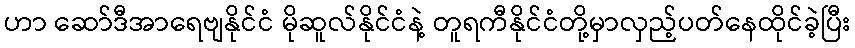
ဟာ ဆော်ဒီအာရေဗျနိုင်ငံ မိုဆူလ်နိုင်ငံနဲ့ တူရကီနိုင်ငံတို့မှာလှည့်ပတ်နေထိုင်ခဲ့ပြီး